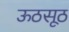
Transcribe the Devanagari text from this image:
ऊठसूठ